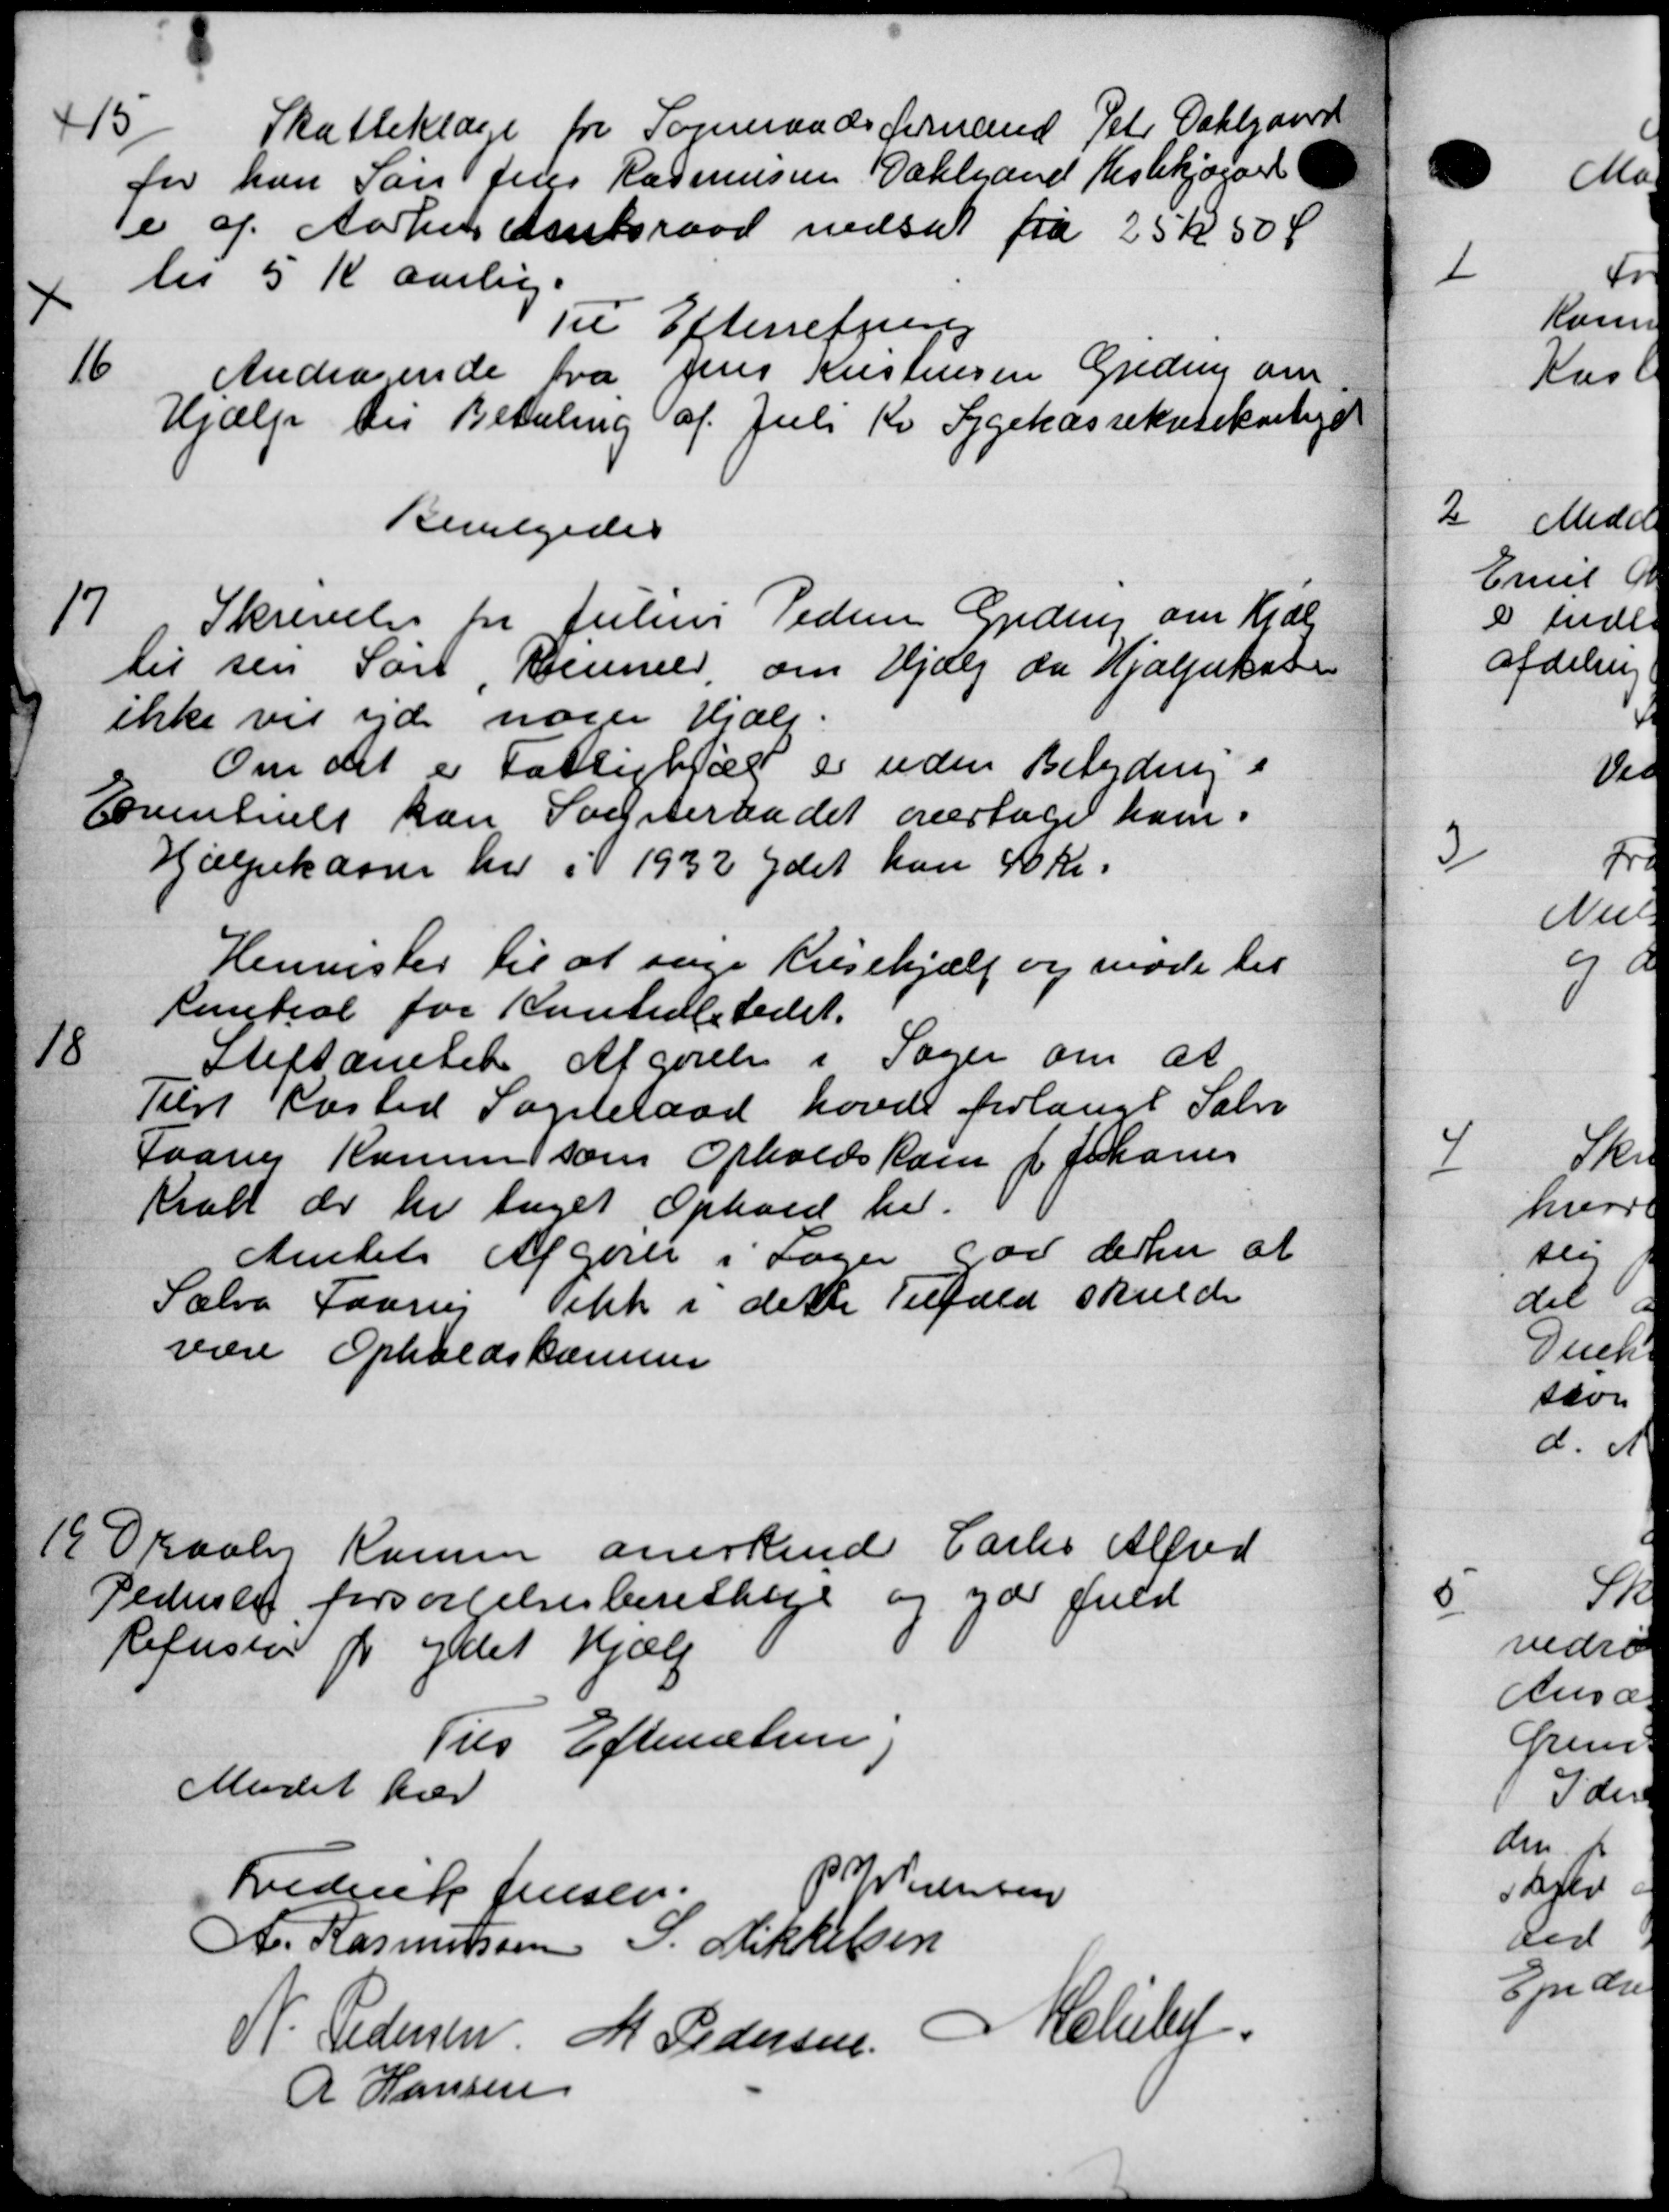
Transskription:
15
Skatteklage fra Sogneraadsformand Peter Dahlgaar
for han Søn Jens Rasmussen Dahlgaard Restekjøgard
e af Aarhus Amtsraad nedsat fra 25 kr 50 Ø
lis 5 Kr aarlig.
Til Efterretning
16
Andragende fra Jens Kristensen Greding om
Hjælp til Betaling af Juli Kv Sygekassekassekontiget
Bevilgedes
17
Skrivelse fra Julius Pedere Greding om Hjælp
til sin Søn, Remmer, om Hjælp da Hjælpekassen
ikke vil ejde nogen Hjælp.
Om det er Fattighjælp er uden Betydning i
Eventuelt kan Sogneraadet overtage ham.
Hjælpekassen her i 1932 ydet han 1 Kr.
Henvister til at søge Prisehjælp og møde til
Peentral for Kontralstedet.
18
Stiftamtet Afgørelse i Sager om at
Tilst Kasted Sogneraad havde forlangt Salve
Faavej Komme som Opholdskom i Johanes
kralt der der taget Ophold her.
Amtets Afgører i Sager god dere at
Sælve Faar Vink i dette Tilfæld skulde
være Opholdskomme
19
Draaby Komen anerkende Carles Alfred
Pedersen forsørgelsesberettige og yde fuld
Refusion for uddet hjælp
Ties Efterretning
Mødet hæv
Frederik Jensen
P. M. Sørensen
A. Rasmussen S. Mikkelsen
N. Pedersen M Pedersen Melby
R Hansen